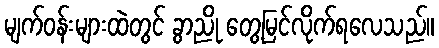
မျက်ဝန်းများထဲတွင် ခွာညို တွေ့မြင်လိုက်ရလေသည်။